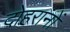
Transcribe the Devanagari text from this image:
दोहरानों